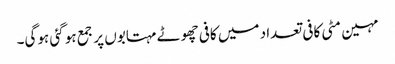
مہین مٹی کافی تعداد میں کافی چھوٹے مہتابوں پر جمع ہو گئی ہوگی۔